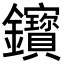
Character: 𨰦